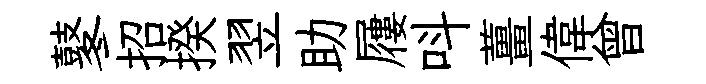
鼕招揆翌助屨呌薑偉曾